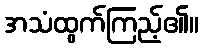
အသံထွက်ကြည့်၏။